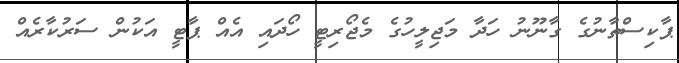
ޕާކިސްތާނުގެ ގާނޫނު ހަދާ މަޖިލީހުގެ މެޖޯރިޓީ ހޯދައި އެއް ޕާޓީ އަކުން ސަރުކާރެއް